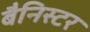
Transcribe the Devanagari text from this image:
बैनिस्टर